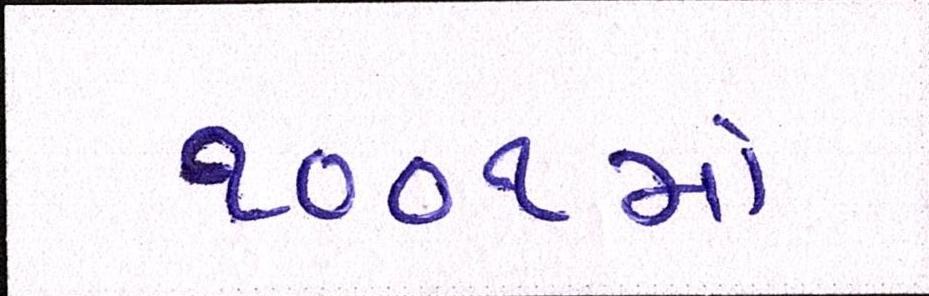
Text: ૧૦૦૧મો